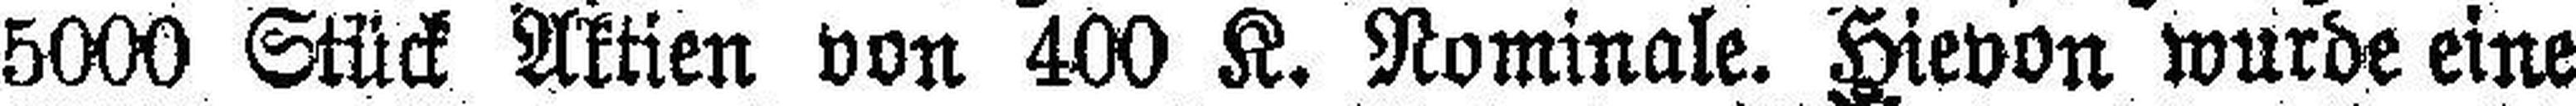
5000 Stück Aktien von 400 K. Nominale. Hievon wurde eine